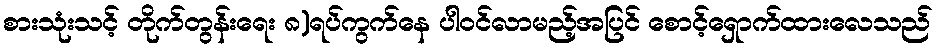
စားသုံးသင့် တိုက်တွန်းရေး ၈)ရပ်ကွက်နေ ပါဝင်လာမည့်အပြင် စောင့်ရှောက်ထားလေသည်